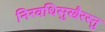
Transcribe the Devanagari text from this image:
निरवधिसुखैरस्तु